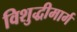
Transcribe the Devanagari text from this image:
विशुद्धीमार्ग